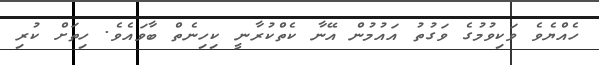
ހެއްޔެވެ ވަކިވުމުގެ ވަގުތު އައުމުން އޭނާ ކެތްކުރާނީ ކިހިނެތް ބާވައެވެ. ހިތަށް ކުރި